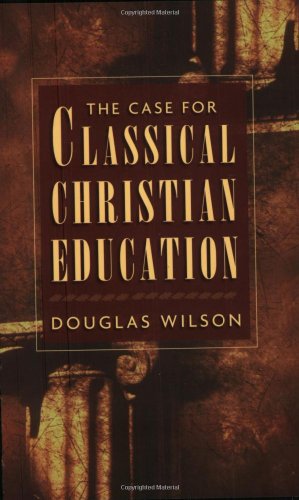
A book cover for The Case for Classical Christian Education; Douglas Wilson; Religion & Spirituality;